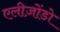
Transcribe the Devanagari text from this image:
एलीज़ोंडो